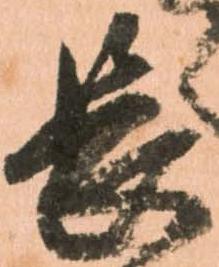
長